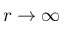
r \to \infty